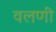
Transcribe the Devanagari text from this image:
वलणी